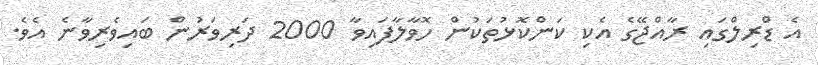
އެ ޑްރިލްގައި ރާއްޖޭގެ އެކި ކަންކޮޅުތަކުން ހޮވާލާފައިވާ 2000 ދަރިވަރުން ބައިވެރިވާނެ އެވެ.